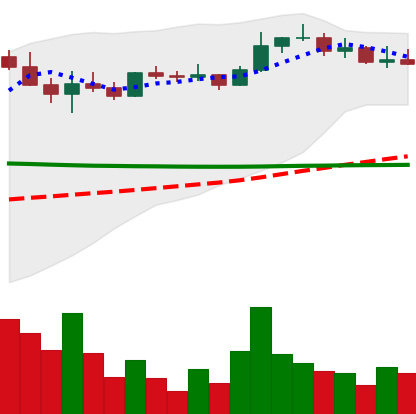
Ticker: ETC-USD
Chart end date: 2022-08-18
Forward return: -13.335%
Label: down_7plus